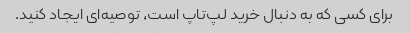
برای کسی که به دنبال خرید لپ‌تاپ است، توصیه‌ای ایجاد کنید.